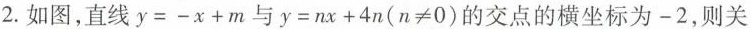
2.如图，直线$$y=-x+m$$与$$y=nx+4n(n\neq 0)$$的交点的横坐标为-2，则关